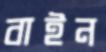
বাইন